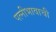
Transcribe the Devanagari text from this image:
पत्नीभावाची